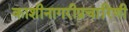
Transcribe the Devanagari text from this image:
काशीनागरीप्रचारिणी